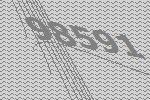
98591